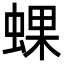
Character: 蜾